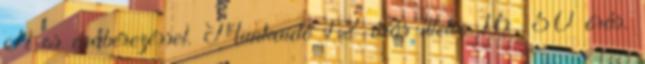
Ft-os órabérezéssel. Munkaidő 12 órás illetve 16, 50 órás.